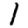
Digit: 1